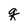
Character: q